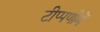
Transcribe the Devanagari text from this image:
टीप्‍पणीमें